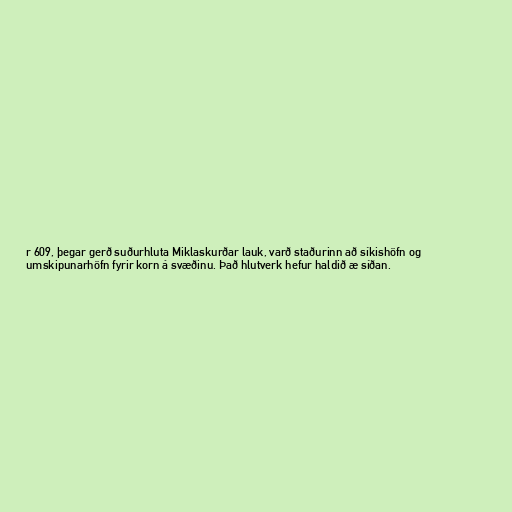
r 609, þegar gerð suðurhluta Miklaskurðar lauk, varð staðurinn að síkishöfn og
umskipunarhöfn fyrir korn á svæðinu. Það hlutverk hefur haldið æ síðan.